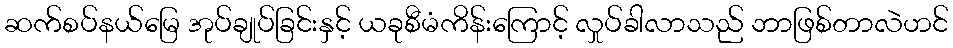
ဆက်စပ်နယ်မြေ အုပ်ချုပ်ခြင်းနှင့် ယခုစီမံကိန်းကြောင့် လှုပ်ခါလာသည် ဘာဖြစ်တာလဲဟင်